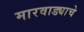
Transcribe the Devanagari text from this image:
मारवाड्याचे